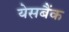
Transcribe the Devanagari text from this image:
येसबैंक